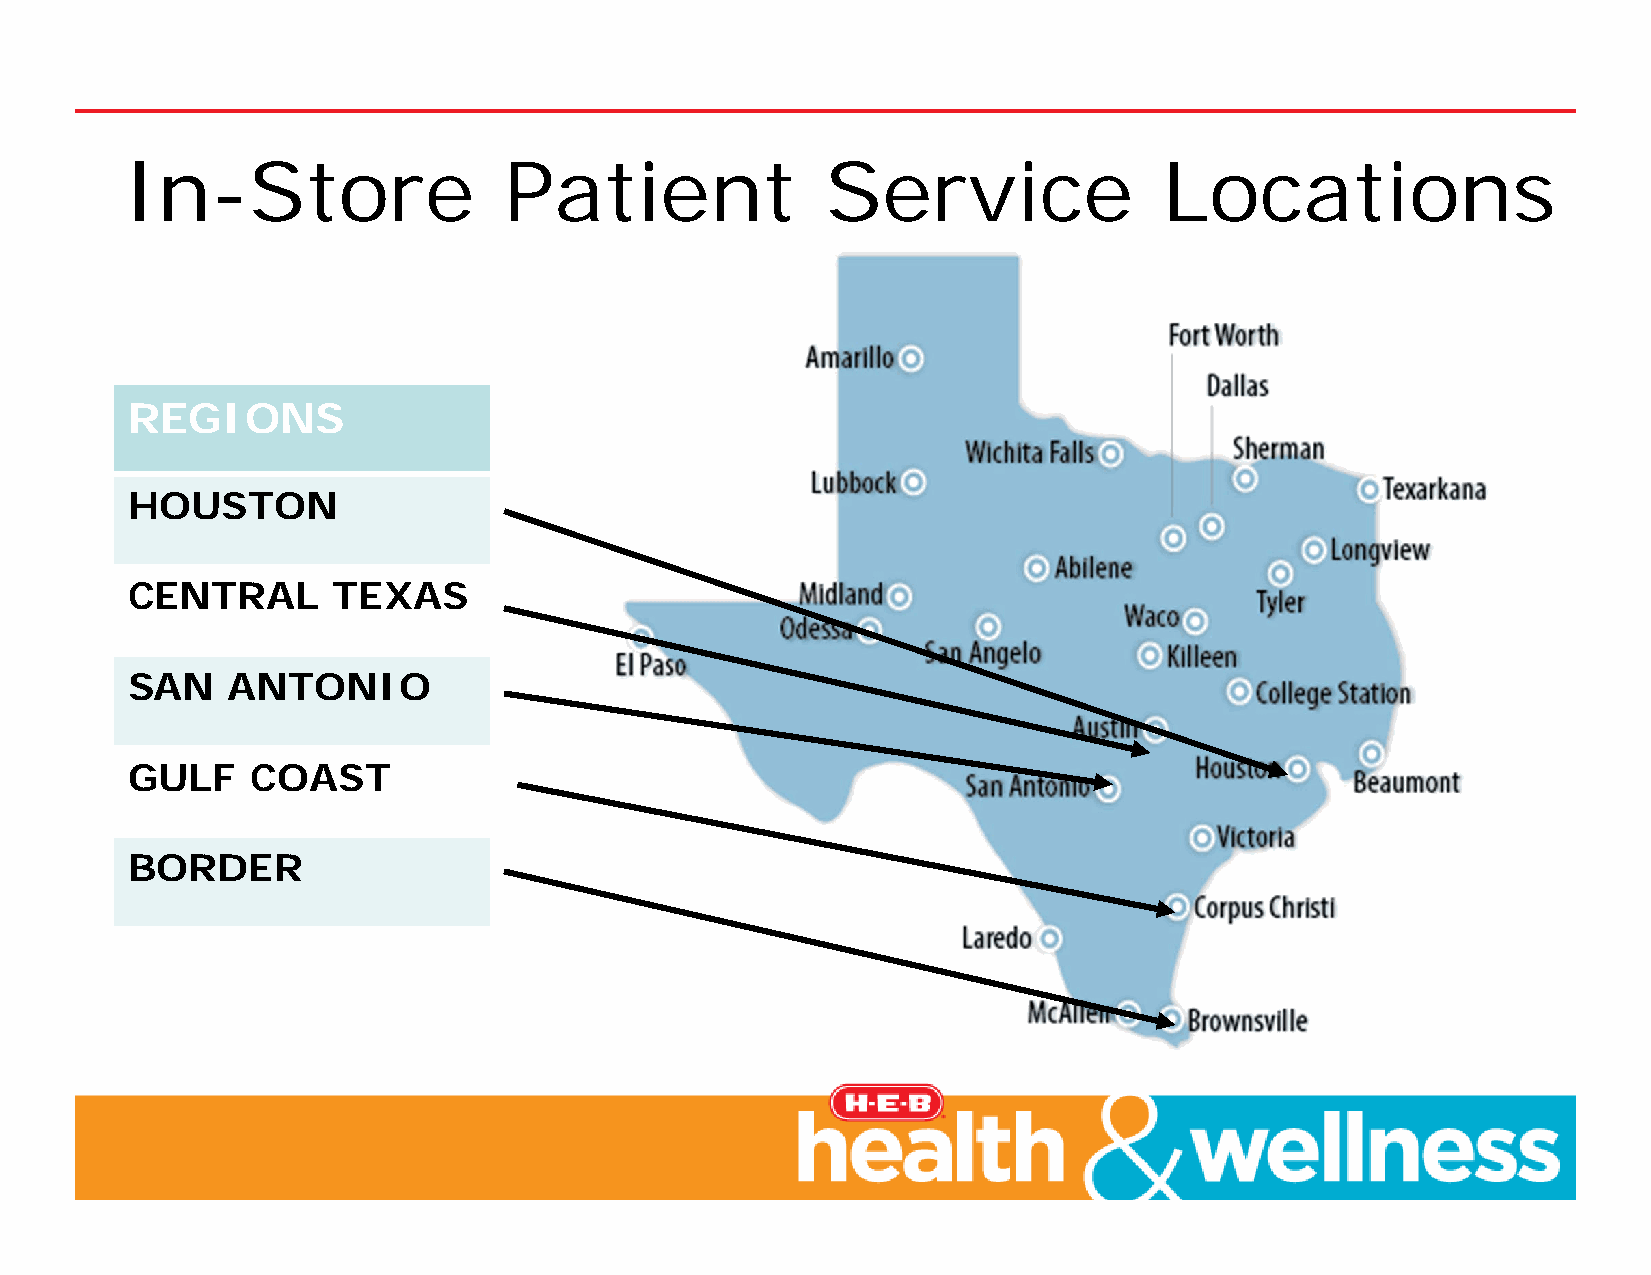
In-Store                 Patient               Service               Locations
 REGIONS
 HOUSTON
 CENTRAL       TEXAS
 SAN    ANTONIO
 GULF     COAST
 BORDER